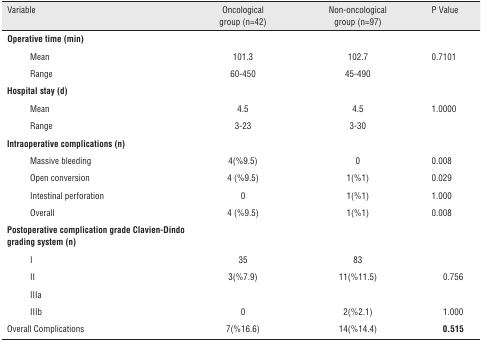
<table><thead><tr><td colspan="2"><b>Variable</b></td><td><b>Oncological group (n=42)</b></td><td><b>Non-oncological group (n=97)</b></td><td><b>P Value</b></td></tr></thead><tbody><tr><td colspan="2"><b>Operative time (min)</b></td><td></td><td></td><td></td></tr><tr><td></td><td>Mean</td><td>101.3</td><td>102.7</td><td>0.7101</td></tr><tr><td></td><td>Range</td><td>60-450</td><td>45-490</td><td></td></tr><tr><td colspan="2"><b>Hospital stay (d)</b></td><td></td><td></td><td></td></tr><tr><td></td><td>Mean</td><td>4.5</td><td>4.5</td><td>1.0000</td></tr><tr><td></td><td>Range</td><td>3-23</td><td>3-30</td><td></td></tr><tr><td colspan="2"><b>Intraoperative complications (n)</b></td><td></td><td></td><td></td></tr><tr><td></td><td>Massive bleeding</td><td>4(%9.5)</td><td>0</td><td>0.008</td></tr><tr><td></td><td>Open conversion</td><td>4 (%9.5)</td><td>1(%1)</td><td>0.029</td></tr><tr><td></td><td>Intestinal perforation</td><td>0</td><td>1(%1)</td><td>1.000</td></tr><tr><td></td><td>Overall</td><td>4 (%9.5)</td><td>1(%1)</td><td>0.008</td></tr><tr><td colspan="2"><b>Postoperative complication grade Clavien-Dindo grading system (n)</b></td><td></td><td></td><td></td></tr><tr><td></td><td>I</td><td>35</td><td>83</td><td></td></tr><tr><td></td><td>II</td><td>3(%7.9)</td><td>11(%11.5)</td><td>0.756</td></tr><tr><td></td><td>IIIa</td><td></td><td></td><td></td></tr><tr><td></td><td>IIIb</td><td>0</td><td>2(%2.1)</td><td>1.000</td></tr><tr><td colspan="2">Overall Complications</td><td>7(%16.6)</td><td>14(%14.4)</td><td><b>0.515</b></td></tr></tbody></table>